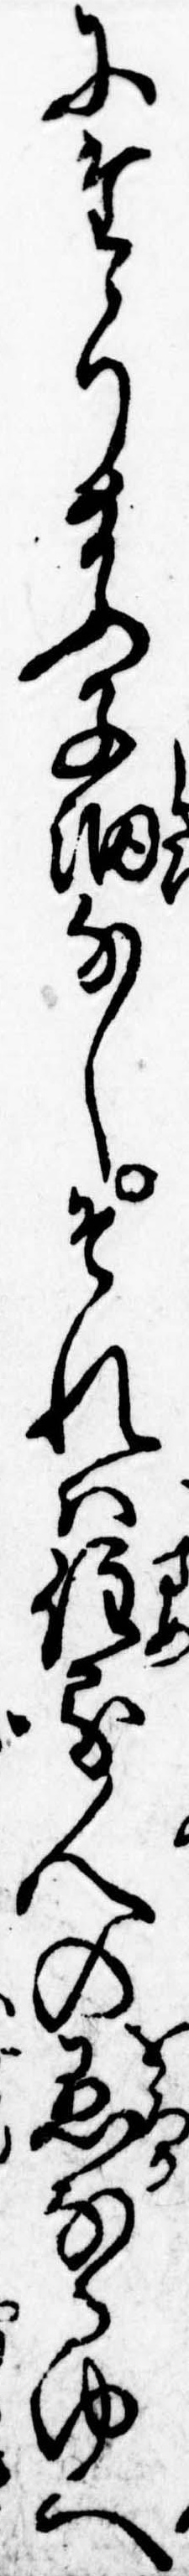
にたゝり給ふ子細なしそれは住る人の愚なるゆへ